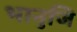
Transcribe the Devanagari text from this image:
भानुजि